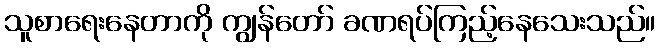
သူစာရေးနေတာကို ကျွန်တော် ခဏရပ်ကြည့်နေသေးသည်။